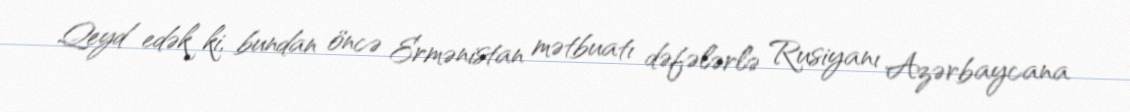
Qeyd edək ki, bundan öncə Ermənistan mətbuatı dəfələrlə Rusiyanı Azərbaycana